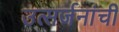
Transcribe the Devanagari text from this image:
उत्सर्जनांची